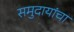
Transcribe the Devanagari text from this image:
समुदायांचा